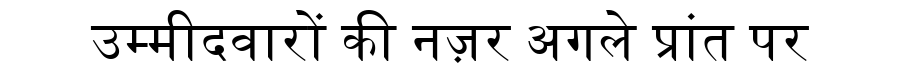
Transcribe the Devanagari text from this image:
उम्मीदवारों की नज़र अगले प्रांत पर